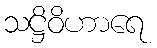
သဋ္ဌိဝိဟာရေ